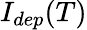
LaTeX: I_{dep}(T)